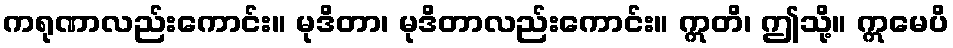
ကရုဏာလည်းကောင်း။ မုဒိတာ၊ မုဒိတာလည်းကောင်း။ ဣတိ၊ ဤသို့။ ဣမေပိ